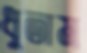
ধুতাম